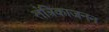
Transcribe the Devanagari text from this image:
तंत्रिकाजनन